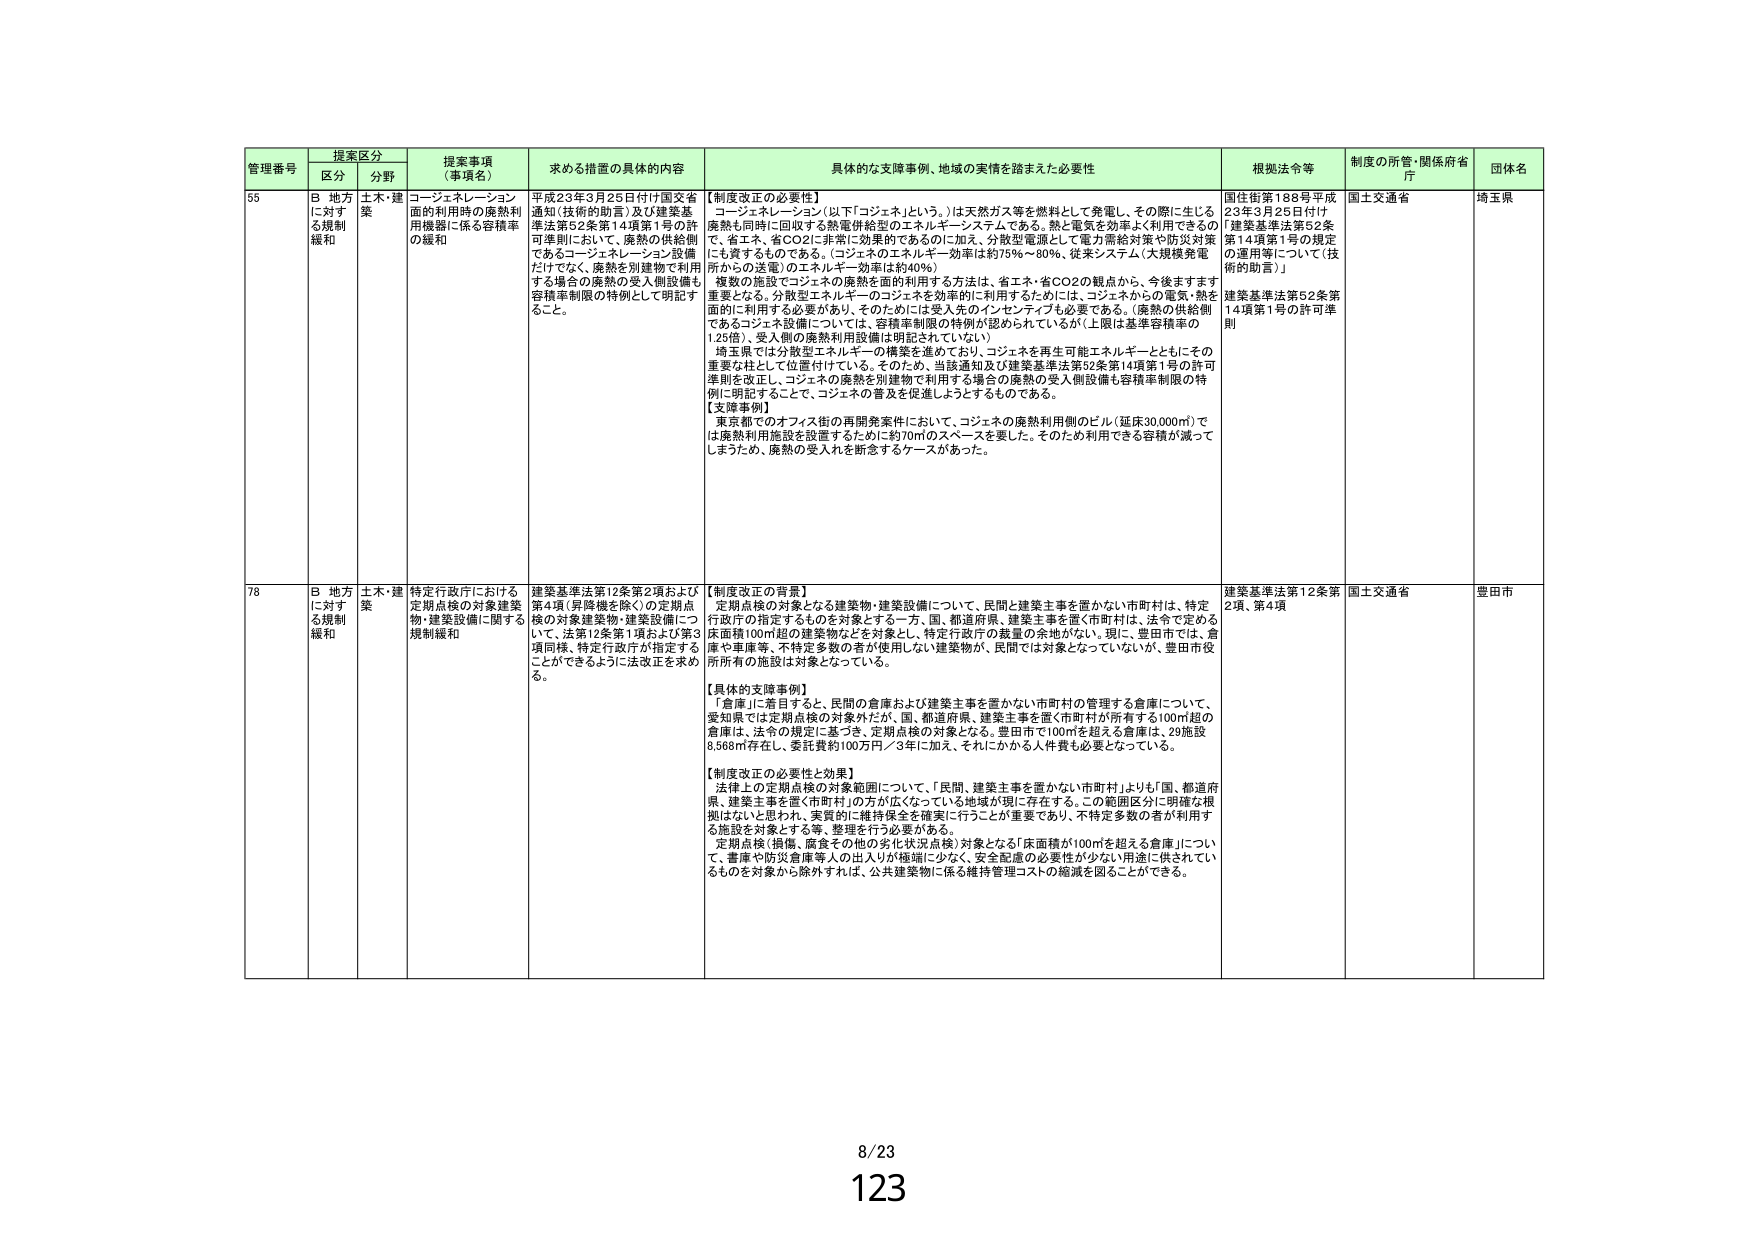
管理番号 提案区分 提案事項（事項名） 求める措置の具体的内容 具体的な支援事例、地域の実情を踏まえた必要性 根拠法令等 制度の所管・関係府省庁 団体名
区分 分野
55 B 地方に対する規制緩和 土木・建築 コージェネレーション面の利用時の廃熱利用機器に係る容積率の緩和 平成23年3月25日付け国交省通知（技術的助言）及び建築基準法第52条第14項第1号の許可準則において、廃熱の供給側であるコージェネレーション設備だけでなく、廃熱を別建物で利用する場合の廃熱の受入側設備も容積率制限の特例として明記すること。 【制度改正の必要性】 コージェネレーション（以下「コジェネ」という。）は天然ガス等を燃料として発電し、その際に生じる廃熱も同時に回収する熱電併給型のエネルギー・システムである。熱と電気を効率よく利用できるので、省エネ、省CO2に非常に効果的であるのに加え、分散型電源として電力需給対策や防災対策にも資するものである。（コジェネのエネルギー効率は約75％～80％、従来システム（大規模発電所からの送電）のエネルギー効率は約40％） 複数の施設でコジェネの廃熱を面的利用する方法は、省エネ・省CO2の観点から、今後ますます重要となる。分散型エネルギーのコジェネを効率的に利用するためには、コジェネからの電気・熱を面的に利用する必要があり、そのためには受入先のインセンティブも必要である。（廃熱の供給側であるコジェネ設備については、容積率制限の特例が認められているが（上限は基準容積率の1.25倍）、受入側の廃熱利用設備は明記されていない） 埼玉県では分散型エネルギーの構築を進めており、コジェネを再生可能エネルギーとともにその重要な柱として位置付けている。そのため、当該通知及び建築基準法第52条第14項第1号の許可準則を改正し、コジェネの廃熱を別建物で利用する場合の廃熱の受入側設備も容積率制限の特例に明記することで、コジェネの普及を促進しようとするものである。 【支援事例】 東京都でのオフィス街の再開発案件において、コジェネの廃熱利用側のビル（延床30,000㎡）では廃熱利用施設を設置するために約70㎡のスペースを要した。そのため利用できる容積が減ってしまったため、廃熱の受入れを断念するケースがあった。 国住街第188号平成23年3月25日付け「建築基準法第52条第14項第1号の規定の運用等について（技術的助言）」 建築基準法第52条第14項第1号の許可準則 国土交通省 埼玉県
78 B 地方に対する規制緩和 土木・建築 特定行政庁における定期点検の対象建築物・建築設備に関する規制緩和 建築基準法第12条第2項および第4項（昇降機を除く）の定期点検の対象建築物・建築設備について、法第12条第1項および第3項同様、特定行政庁が指定することができるように法改正を求める。 【制度改正の背景】 定期点検の対象となる建築物・建築設備について、民間と建築主事を置かない市町村は、特定行政庁の指定するものを対象とする一方、国、都道府県、建築主事を置く市町村は、法令で定める床面積100㎡超の建築物などを対象とし、特定行政庁の裁量の余地がない。現に、豊田市では、倉庫や車庫等、不特定多数の者が使用しない建築物が、民間では対象となっていないが、豊田市役所所有の施設は対象となっている。 【具体的支援事例】 「倉庫」に着目すると、民間の倉庫および建築主事を置かない市町村の管理する倉庫について、愛知県では定期点検の対象外だが、国、都道府県、建築主事を置く市町村が所有する100㎡超の倉庫は、法令の規定に基づき、定期点検の対象となる。豊田市で100㎡を超える倉庫は、29施設8,568㎡存在し、委託費約100万円／3年に加え、それにかかる人件費も必要となっている。 【制度改正の必要性と効果】 法律上の定期点検の対象範囲について、「民間、建築主事を置かない市町村」よりも「国、都道府県、建築主事を置く市町村」の方が広くなっている地域が現に存在する。この範囲区分に明確な根拠はないとと思われ、実質的に維持保全を確実に行うことが重要であり、不特定多数の者が利用する施設を対象とする等、整理を行う必要がある。 定期点検（損傷、腐食その他の劣化状況点検）対象となる「床面積が100㎡を超える倉庫」について、倉庫や防災倉庫等の出入りが極端に少なく、安全配慮の必要性が少ない用途に供されているものを対象から除外すれば、公共建築物に係る維持管理コストの縮減を図ることができる。 建築基準法第12条第2項、第4項 国土交通省 豊田市
8/23
123